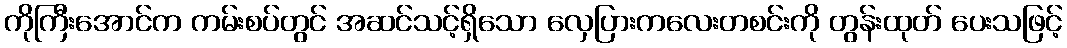
ကိုကြီးအောင်က ကမ်းစပ်တွင် အဆင်သင့်ရှိသော လှေပြားကလေးတစင်းကို တွန်းထုတ် ပေးသဖြင့်